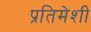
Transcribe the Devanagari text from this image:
प्रतिमेशी